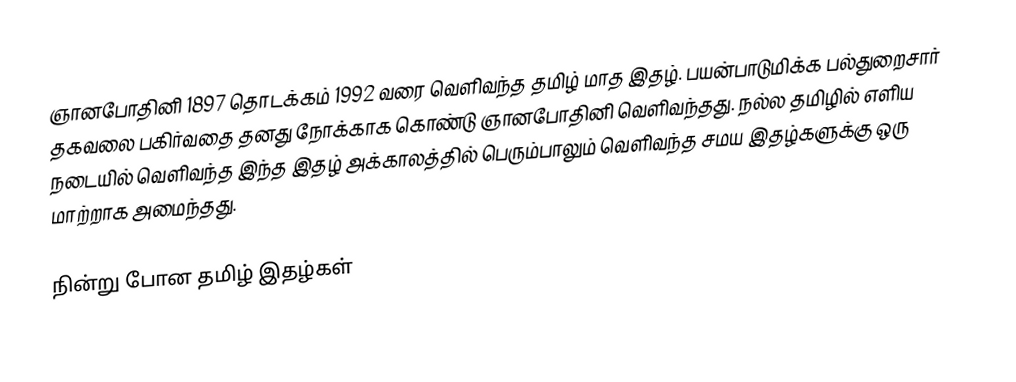
ஞானபோதினி 1897 தொடக்கம் 1992 வரை வெளிவந்த தமிழ் மாத இதழ்.  பயன்பாடுமிக்க பல்துறைசார் தகவலை பகிர்வதை தனது நோக்காக கொண்டு ஞானபோதினி வெளிவந்தது.  நல்ல தமிழில் எளிய நடையில் வெளிவந்த இந்த இதழ் அக்காலத்தில் பெரும்பாலும் வெளிவந்த சமய இதழ்களுக்கு ஒரு மாற்றாக அமைந்தது.

நின்று போன தமிழ் இதழ்கள்